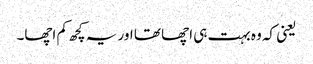
یعنی کہ وہ بہت ہی اچھا تھا اور یہ کچھ کم اچھا۔